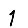
Digit: 1